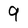
Character: 9